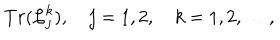
LaTeX: T r ( { \cal L } _ { j } ^ { k } ) , \quad j = 1 , 2 , \quad k = 1 , 2 , \ldots ,